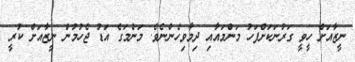
ނީޒާއަށް ހީވީ ގަރުނަކަށްފަހު މަންމައާއި ދިމާވިހެންނެވެ. މަންމަގެ އަޑު ޖެހުމުން ނީޒާއަށް ކުރީ